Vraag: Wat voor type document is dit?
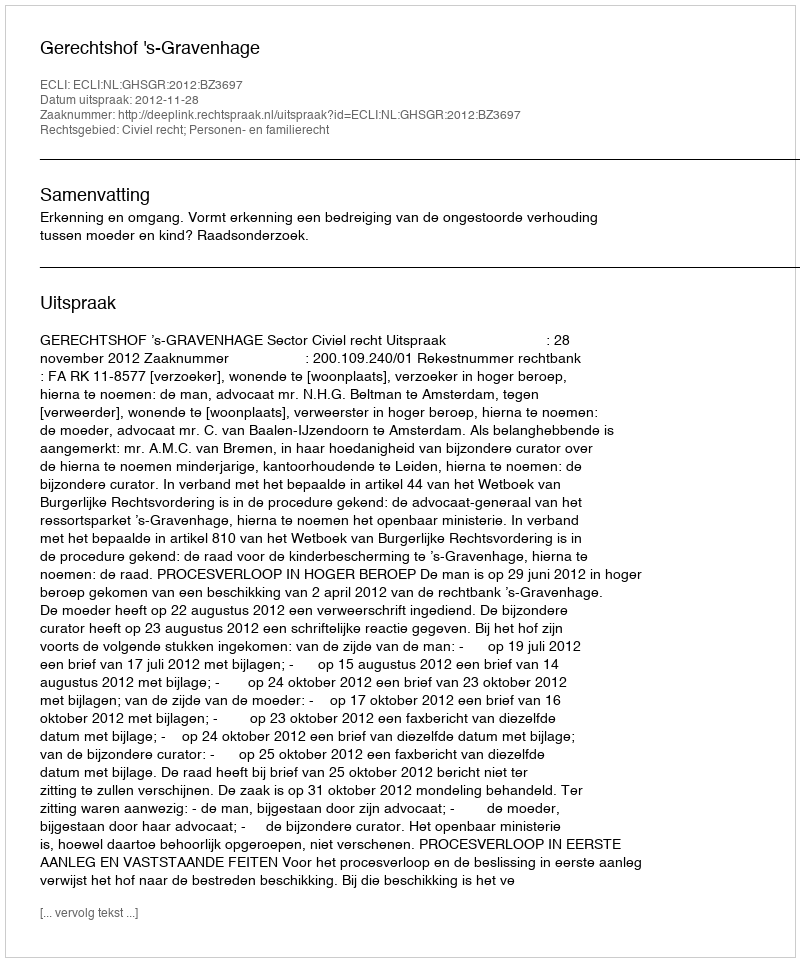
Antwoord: Uitspraak